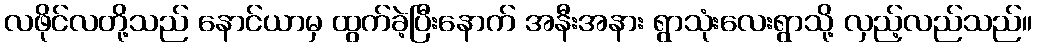
လဖိုင်လတို့သည် နောင်ယာမှ ထွက်ခဲ့ပြီးနောက် အနီးအနား ရွာသုံးလေးရွာသို့ လှည့်လည်သည်။